Scientific memoirs by medical officers of the Army of India - Part VIII,
Year: 1894
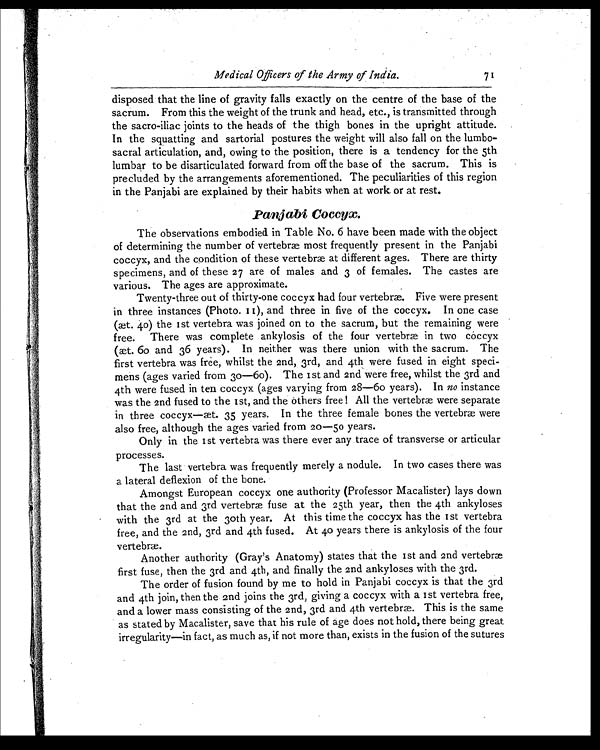
4
Medical Officers of the Army of India.
71
disposed that the line of gravity falls exactly on the centre of the base of the
sacrum. From this the weight of the trunk and head, etc., is transmitted through
the sacro-iliac joints to the heads of the thigh bones in the upright attitude.
In the squatting and sartorial postures the weight will also fall on the lumbo-
sacral articulation, and, owing to the position, there is a tendency for the 5th
lumbar to be disarticulated forward from off the base of the sacrum. This is
precluded by the arrangements aforementioned. The peculiarities of this region
in the Panjabi are explained by their habits when at work or at rest.
Panjabi Coccyx.
The observations embodied in Table No. 6 have been made with the object
of determining the number of vertebræ most frequently present in the Panjabi
coccyx, and the condition of these vertebra at different ages. There are thirty
specimens, and of these 27 are of males and 3 of females. The castes are
various. The ages are approximate.
Twenty-three out of thirty-one coccyx had four vertebræ. Five were present
in three instances (Photo. 11), and three in five of the coccyx. In one case
(æt. 40) the 1st vertebra was joined on to the sacrum, but the remaining were
free. There was complete ankylosis of the four vertebra in two coccyx
(æt. 60 and 36 years). In neither was there union with the sacrum. The
first vertebra was free, whilst the 2nd, 3rd, and 4th were fused in eight speci-
mens (ages varied from 30—60). The 1st and 2nd were free, whilst the 3rd and
4th were fused in ten coccyx (ages varying from 28—60 years). In no instance
was the 2nd fused to the 1st, and the others free ! All the vertebræ were separate
in three coccyx—æt. 35 years. In the three female bones the vertebræ were
also free, although the ages varied from 20—50 years.
Only in the 1st vertebra was there ever any trace of transverse or articular
processes.
The last vertebra was frequently merely a nodule. In two cases there was
a lateral deflexion of the bone.
Amongst European coccyx one authority (Professor Macalister) lays down
that the 2nd and 3rd vertebræ fuse at the 25th year, then the 4th ankyloses
with the 3rd at the 30th year. At this time the coccyx has the 1st vertebra
free, and the 2nd, 3rd and 4th fused. At 40 years there is ankylosis of the four
vertebræ.
Another authority (Gray's Anatomy) states that the 1st and 2nd vertebræ
first fuse, then the 3rd and 4th, and finally the 2nd ankyloses with the 3rd.
The order of fusion found by me to hold in Panjabi coccyx is that the 3rd
and 4th join, then the 2nd joins the 3rd, giving a coccyx with a 1st vertebra free,
and a lower mass consisting of the 2nd, 3rd and 4th vertebræ. This is the same
as stated by Macalister, save that his rule of age does not hold, there being great
irregularity—in fact, as much as, if not more than, exists in the fusion of the sutures